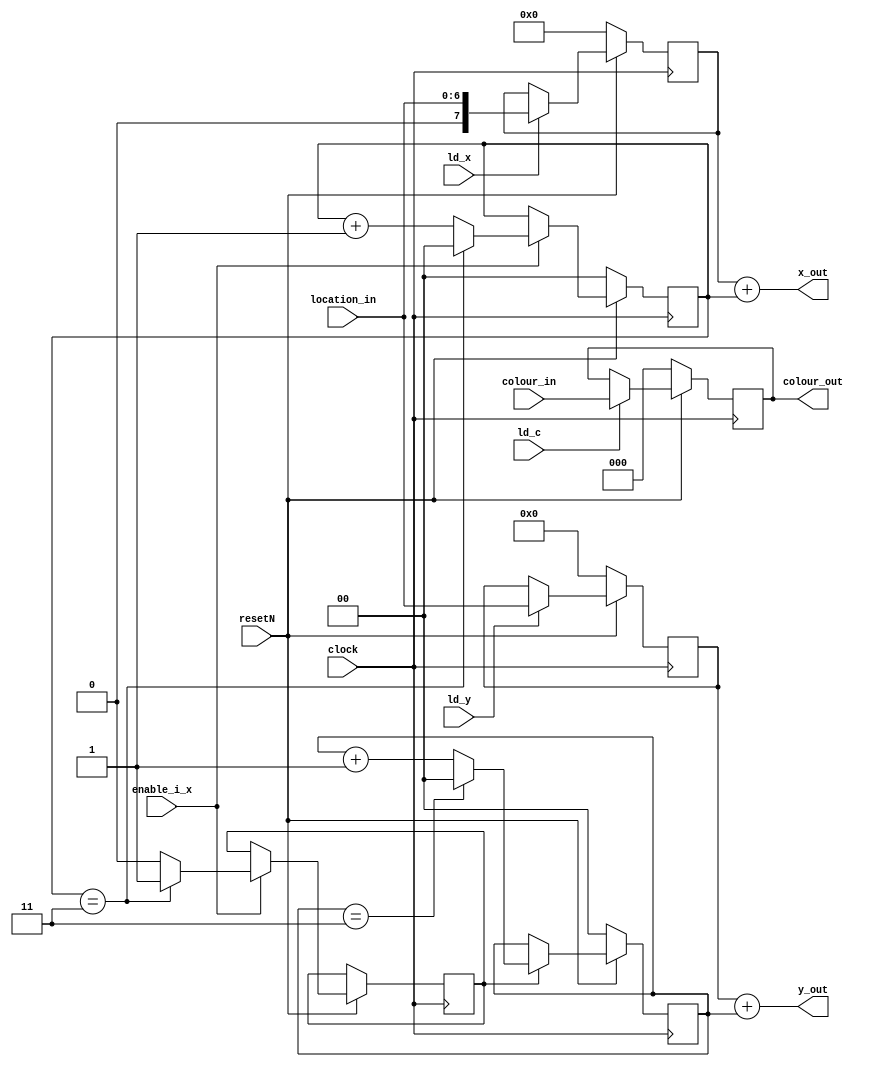
module datapath(location_in, colour_in, clock, resetN, enable_i_x, ld_x, ld_y, ld_c, x_out, y_out, colour_out);
	input [6:0] location_in;
	input [2:0] colour_in;
	input clock;
	input enable_i_x;
	input resetN;
	input ld_x, ld_y, ld_c;
	output [7:0] x_out; 
	output [6:0] y_out;
	output [2:0] colour_out;
	
	reg [7:0] x;
	reg [6:0] y;
	reg [2:0] colour;
	reg [1:0] i_x, i_y; // index of x and y in loop
	reg enable_i_y;
	
	always @(posedge clock) begin 
		if(!resetN) begin  //active low reset
			x <= 8'b0;
			y <= 7'b0;
			colour <= 3'b0;
		end
		else begin
			if(ld_x)
				x <= {1'b0, location_in};
			if(ld_y)
				y <= location_in;
			if(ld_c)
				colour <= colour_in;
		end
	end
	
	always @(posedge clock) begin
		if(!resetN)
			i_x <= 2'b00;
		else if(enable_i_x) begin // start to increase x
			if(i_x == 2'b11) begin
				i_x <= 2'b00;
				enable_i_y <= 1;
				end
			else begin
				i_x <= i_x + 1;
				enable_i_y <= 0;
				end
			end
	end
	
	always @(posedge clock) begin
		if(!resetN)
			i_y <= 2'b00;
		else if(enable_i_y) begin // start to increase y
			if(i_y == 2'b11)
				i_y <= 2'b00;
			else
				i_y <= i_y + 1;
			end
	end
	
	assign x_out = x + i_x;
	assign y_out = y + i_y;
	assign colour_out = colour;

endmodule